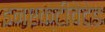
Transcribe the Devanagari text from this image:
इनएक्टीवेटेड